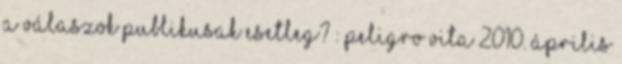
a válaszok publikusak esetleg? : Peligro vita 2010. április